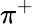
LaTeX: \pi^{+}